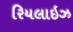
રિયલાઇઝ